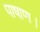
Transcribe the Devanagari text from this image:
पाषाण।